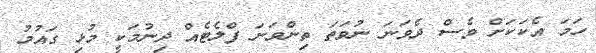
ހަމަ އެކަކަށް ވެސް ދެވަނަ ނުވަތަ ތިންވަނަ ފްލެޓެއް ދިނުމަކީ މުޅި ގައުމު